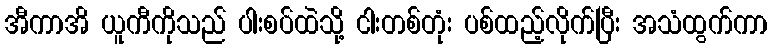
အီကာအိ ယူကီကိုသည် ပါးစပ်ထဲသို့ ငါးတစ်တုံး ပစ်ထည့်လိုက်ပြီး အသံထွက်ကာ